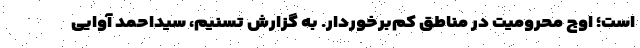
است؛ اوج محرومیت در مناطق کم‌برخوردار. به گزارش تسنیم، سیداحمد آوایی